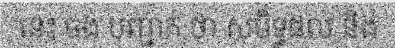
នេះ ចង់ បញ្ជាក់ ថា សមិទ្ធផល និង